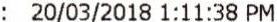
: 20/03/2018 1:11:38 PM